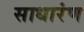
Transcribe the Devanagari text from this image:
साधारंण